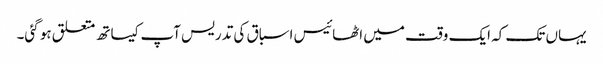
یہاں تک کہ ایک وقت میں اٹھائیس اسباق کی تدریس آپ کیساتھ متعلق ہو گئی۔